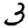
Digit: 3